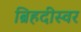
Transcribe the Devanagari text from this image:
ब्रिहदीस्वर